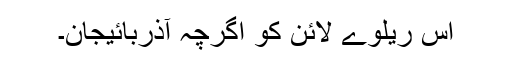
اس ریلوے لائن کو اگرچہ آذربائیجان۔